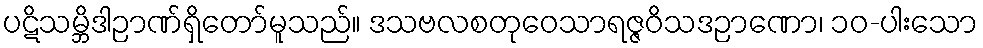
ပဋိသမ္ဘိဒါဉာဏ်ရှိတော်မူသည်။ ဒသဗလစတုဝေသာရဇ္ဇဝိသဒဉာဏော၊ ၁၀-ပါးသော